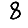
Digit: 8